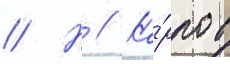
// Н // Ка́рпов